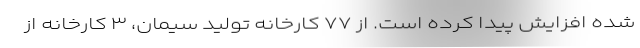
شده افزایش پیدا کرده است. از ۷۷ کارخانه تولید سیمان، ۳ کارخانه از